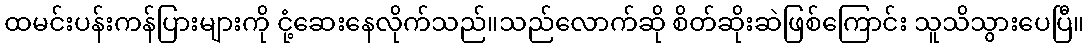
ထမင်းပန်းကန်ပြားများကို ငုံ့ဆေးနေလိုက်သည်။သည်လောက်ဆို စိတ်ဆိုးဆဲဖြစ်ကြောင်း သူသိသွားပေပြီ။